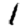
Digit: 1